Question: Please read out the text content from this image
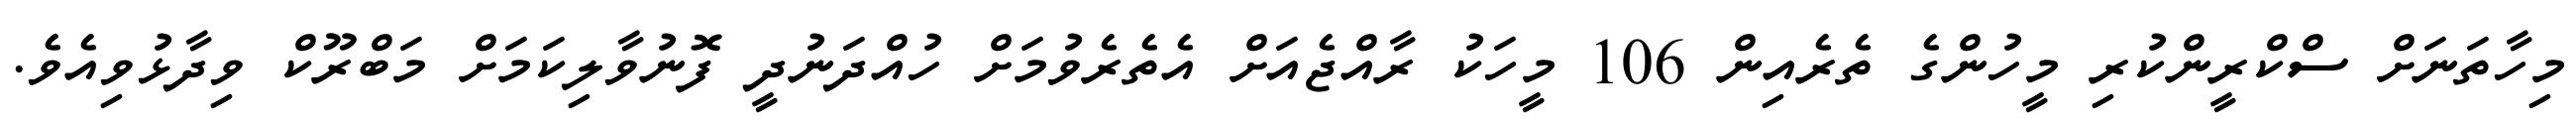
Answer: މިހާތަނަށް ސްކްރީންކުރި މީހުންގެ ތެރެއިން 106 މީހަކު ރާއްޖެއަށް އެތެރެވުމަށް ހުއްދަނުދީ ފޮނުވާލިކަމަށް މަބްރޫކް ވިދާޅުވިއެވެ.